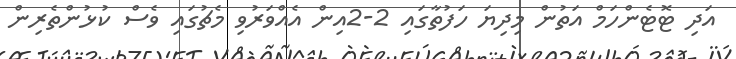
އަދި ޓޮޓެންހަމް އަތުން މިދިޔަ ހަފުތާގައި 2-2އިން އެއްވަރުވި މެޗުގައި ވެސް ކުޅުންތެރިން